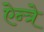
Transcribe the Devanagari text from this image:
ऐन्त्रे